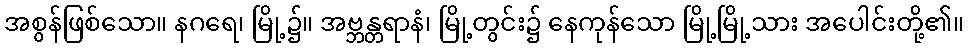
အစွန်ဖြစ်သော။ နဂရေ၊ မြို့၌။ အဗ္ဘန္တရာနံ၊ မြို့တွင်း၌ နေကုန်သော မြို့မြို့သား အပေါင်းတို့၏။